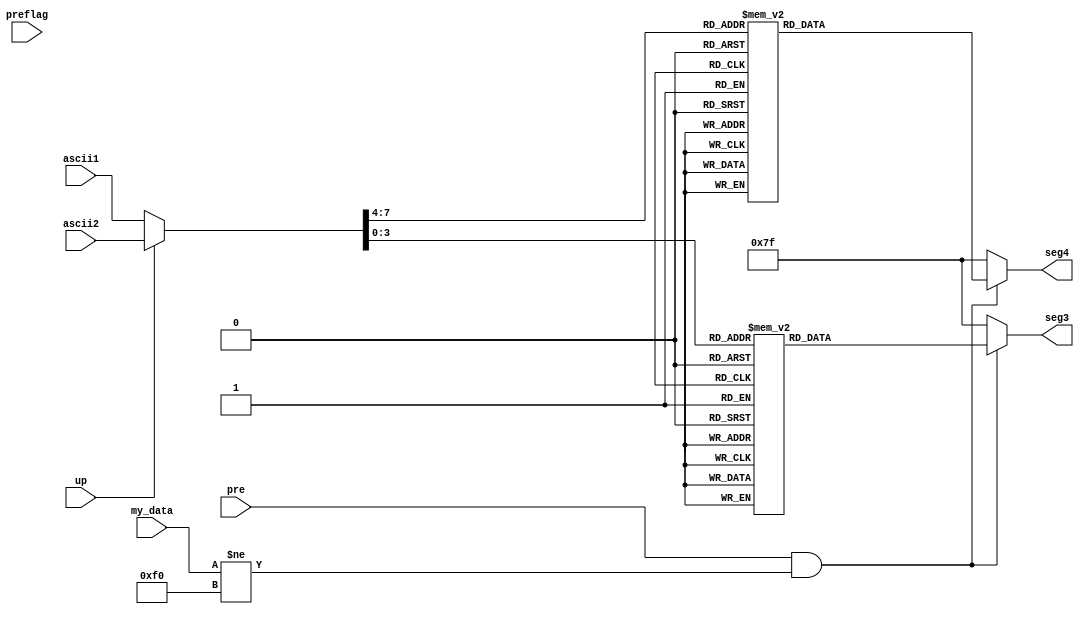
module show_ascii(pre,up,my_data,ascii1,ascii2,seg3,seg4,preflag);
	input pre;
	input preflag;
	input up;
	input [7:0]my_data;
	input [7:0]ascii1;
	input [7:0]ascii2;
	reg [7:0] ascii;
	output reg [6:0]seg3;
	output reg [6:0]seg4;
	
	always
	begin
		if(((pre == 1) && (my_data[7:0] != 8'hf0))) //&& (preflag == 1))	
		begin	
			
			if(up == 1)
			begin
				ascii = ascii2;
			end
			else
			begin
				ascii = ascii1;
			end	
			
			case(ascii[3:0])
			0: seg3[6:0] = 7'b1000000;
			1: seg3[6:0] = 7'b1111001;
			2: seg3[6:0] = 7'b0100100;
			3: seg3[6:0] = 7'b0110000;
			4: seg3[6:0] = 7'b0011001;
			5: seg3[6:0] = 7'b0010010;
			6: seg3[6:0] = 7'b0000010;
			7: seg3[6:0] = 7'b1111000;
			8: seg3[6:0] = 7'b0000000;
			9: seg3[6:0] = 7'b0010000;
			10:seg3[6:0] = 7'b0001000;
			11:seg3[6:0] = 7'b0000011;
			12:seg3[6:0] = 7'b1000110;
			13:seg3[6:0] = 7'b0100001;
			14:seg3[6:0] = 7'b0000110;
			15:seg3[6:0] = 7'b0001110;
			endcase
		
			case(ascii[7:4])
			0: seg4[6:0] = 7'b1000000;
			1: seg4[6:0] = 7'b1111001;
			2: seg4[6:0] = 7'b0100100;
			3: seg4[6:0] = 7'b0110000;
			4: seg4[6:0] = 7'b0011001;
			5: seg4[6:0] = 7'b0010010;
			6: seg4[6:0] = 7'b0000010;
			7: seg4[6:0] = 7'b1111000;
			8: seg4[6:0] = 7'b0000000;
			9: seg4[6:0] = 7'b0010000;
			10:seg4[6:0] = 7'b0001000;
			11:seg4[6:0] = 7'b0000011;
			12:seg4[6:0] = 7'b1000110;
			13:seg4[6:0] = 7'b0100001;
			14:seg4[6:0] = 7'b0000110;
			15:seg4[6:0] = 7'b0001110;
			endcase
		end
		else
		begin
			seg3[6:0] = 7'b1111111;
			seg4[6:0] = 7'b1111111;
		end
	end
endmodule